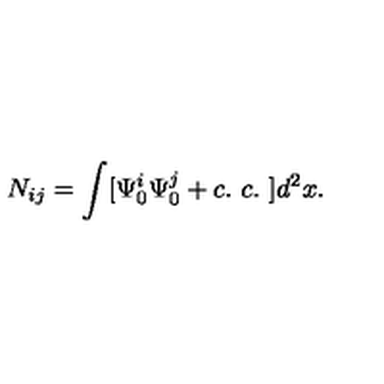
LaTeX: N _ { i j } = \int [ \Psi _ { 0 } ^ { i } \Psi _ { 0 } ^ { j } + c . \ c . \ ] d ^ { 2 } x .